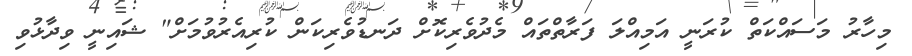
މިހާރު މަސައްކަތް ކުރަނީ އަމިއްލަ ފަރާތްތައް މެދުވެރިކޮށް ދަނޑުވެރިކަން ކުރިއެރުވުމަށް" ޝައިނީ ވިދާޅުވި